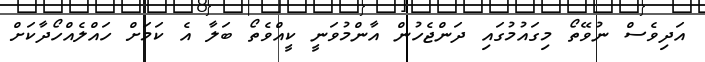
އަދިވެސް ނުވޭތޯ މިގައުމުގައި ދަންޖެހުން އާންމުވަނީ ކީއްވެތޯ ބަލާ އެ ކަމަށް ހައްލެއްހޯދާކަށް